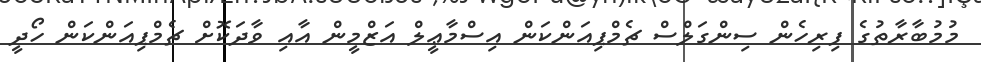
މުމުބާރާތުގެ ފިރިހެން ސިންގަލްސް ޗެމްޕިއަންކަން އިސްމާޢީލް އަޒްމީން އާއި ވާދަކޮށް ޗެމްޕިއަންކަން ހޯދީ